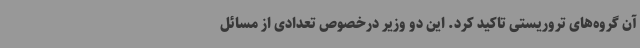
آن گروه‌های تروریستی تاکید کرد. این دو وزیر درخصوص تعدادی از مسائل